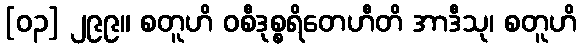
[၀၃] ၂၉၉။ စတူဟိ ဝစီဒုစ္စရိတေဟီတိ အာဒီသု၊ စတူဟိ